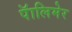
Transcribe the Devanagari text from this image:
पॅालिमेर